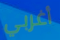
أغربي